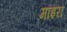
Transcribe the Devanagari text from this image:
माइरा